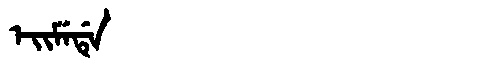
Manchu: ᡝᡳᠮᡝᡩᡝ
Romanization: EIMEDE